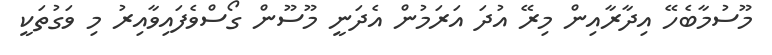
މޫސުމާބެހޭ އިދާރާއިން މިރޭ އުދަ އަރަމުން އެދަނީ މޫސޫން ގޯސްވެފައިވާއިރު މި ވަގުތަކީ